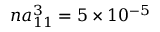
n a _ { 1 1 } ^ { 3 } = 5 \times 1 0 ^ { - 5 }